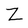
Character: Z